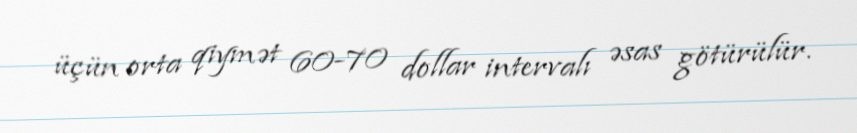
üçün orta qiymət 60-70 dollar intervalı əsas götürülür.